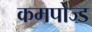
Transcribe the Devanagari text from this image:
कमपोज्ड